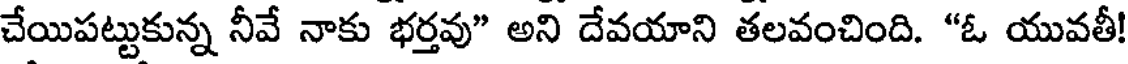
చేయిపట్టుకున్న నీవే నాకు భర్తవు" అని దేవయాని తలవంచింది. "ఓ యువతీ